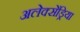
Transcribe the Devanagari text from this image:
अलेक्सेंड्रिया